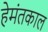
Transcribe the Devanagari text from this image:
हेमंतकाल